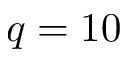
q = 1 0